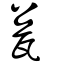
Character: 𦉥